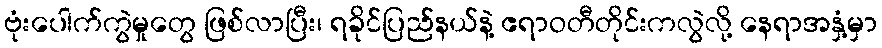
ဗုံးပေါက်ကွဲမှုတွေ ဖြစ်လာပြီး၊ ရခိုင်ပြည်နယ်နဲ့ ဧရာဝတီတိုင်းကလွဲလို့ နေရာအနှံ့မှာ